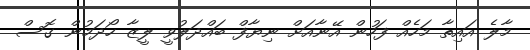
މާލެ އައިތާ މަހެއް ފަހުން އޭނާއަށް ނިޔާފް ބައްދަލުވީ ލީޒާ ހޯދަމުން ގޮސް